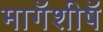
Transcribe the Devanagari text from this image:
मागॅशीषॅ